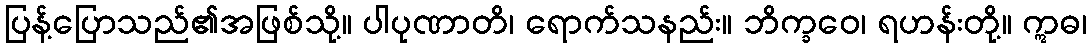
ပြန့်ပြောသည်၏အဖြစ်သို့။ ပါပုဏာတိ၊ ရောက်သနည်း။ ဘိက္ခဝေ၊ ရဟန်းတို့။ ဣဓ၊